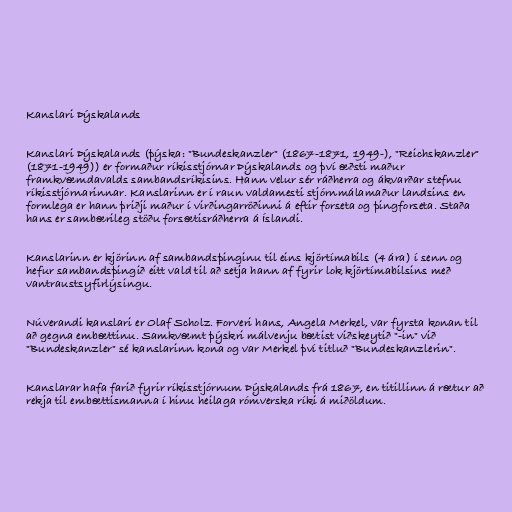
Kanslari Þýskalands

Kanslari Þýskalands (þýska: "Bundeskanzler" (1867-1871, 1949-), "Reichskanzler"
(1871-1949)) er formaður ríkisstjórnar Þýskalands og því æðsti maður
framkvæmdavalds sambandsríkisins. Hann velur sér ráðherra og ákvarðar stefnu
ríkisstjórnarinnar. Kanslarinn er í raun valdamesti stjórnmálamaður landsins en
formlega er hann þriðji maður í virðingarröðinni á eftir forseta og þingforseta. Staða
hans er sambærileg stöðu forsætisráðherra á Íslandi.

Kanslarinn er kjörinn af sambandsþinginu til eins kjörtímabils (4 ára) í senn og
hefur sambandsþingið eitt vald til að setja hann af fyrir lok kjörtímabilsins með
vantraustsyfirlýsingu.

Núverandi kanslari er Olaf Scholz. Forveri hans, Angela Merkel, var fyrsta konan til
að gegna embættinu. Samkvæmt þýskri málvenju bætist viðskeytið "-in" við
"Bundeskanzler" sé kanslarinn kona og var Merkel því titluð "Bundeskanzlerin".

Kanslarar hafa farið fyrir ríkisstjórnum Þýskalands frá 1867, en titillinn á rætur að
rekja til embættismanna í hinu heilaga rómverska ríki á miðöldum.